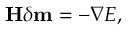
\mathbf { H } \delta \mathbf { m } = - \nabla E ,